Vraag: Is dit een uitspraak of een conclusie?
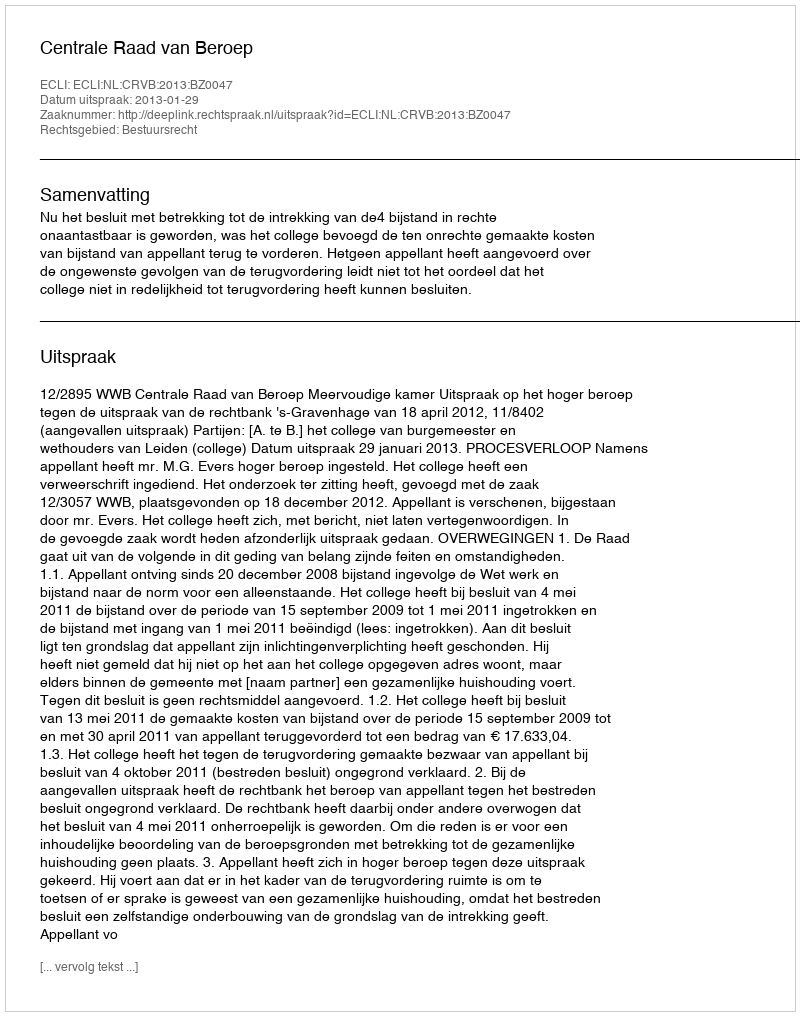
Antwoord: Uitspraak